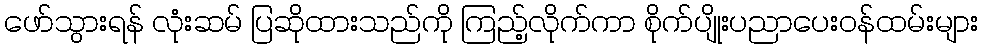
ဖော်သွားရန် လုံးဆမ် ပြဆိုထားသည်ကို ကြည့်လိုက်ကာ စိုက်ပျိုးပညာပေးဝန်ထမ်းများ